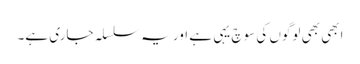
ابھی بھی لوگوں کی سوچ یہی ہے اور یہ سلسلہ جاری ہے۔